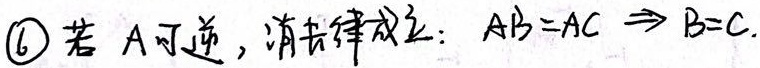
\textcircled{6} 若 \(A\)可逆，消去律成立：\(AB = AC\Rightarrow B = C\).